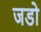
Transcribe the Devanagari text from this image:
जडो